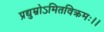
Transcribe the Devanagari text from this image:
प्रद्युम्नोऽमितविक्रमः।।